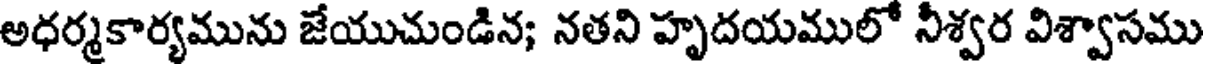
అధర్మకార్యమును జేయుచుండిన; నతని హృదయములో నీశ్వర విశ్వాసము